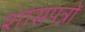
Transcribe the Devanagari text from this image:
शासपत्रों